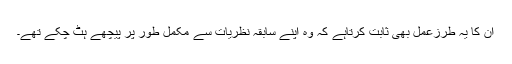
ان کا یہ طرزعمل بھی ثابت کرتاہے کہ وہ اپنے سابقہ نظریات سے مکمل طور پر پیچھے ہٹ چکے تھے۔